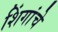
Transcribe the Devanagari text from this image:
शिंगांचे